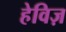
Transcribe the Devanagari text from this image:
हेविज़